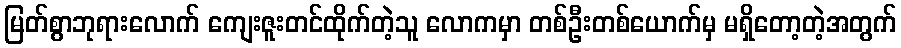
မြတ်စွာဘုရားလောက် ကျေးဇူးတင်ထိုက်တဲ့သူ လောကမှာ တစ်ဦးတစ်ယောက်မှ မရှိတော့တဲ့အတွက်